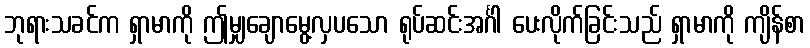
ဘုရားသခင်က ရှာမာကို ဤမျှချောမွေ့လှပသော ရုပ်ဆင်းအင်္ဂါ ပေးလိုက်ခြင်းသည် ရှာမာကို ကျိန်စာ